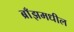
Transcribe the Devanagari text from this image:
ब्राँझमधील